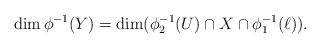
LaTeX: \begin{align*}\dim \phi^{-1} (Y) = \dim ( \phi_2^{-1} (U) \cap X \cap\phi_1^{-1}({\ell })).\end{align*}